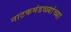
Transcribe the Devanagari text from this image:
नाटकमंडळ्यांच्या